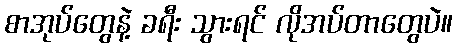
စာအုပ်တွေနဲ့ ခရီး သွားရင် လိုအပ်တာတွေပဲ။